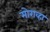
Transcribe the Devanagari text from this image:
मोराव्हा